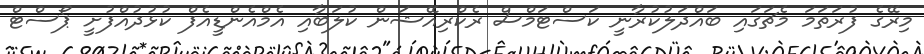
މިރޭގެ ފުރަތަމަ މެޗަގައި ބައްދަލުކުރާނީ ކަސްޓަމްސް ރެކްރިއޭޝަން ކުލަބާއި އެމްއެންޑީއެފް ކުޅުދުއްފުށީ ޕޯސްޓް